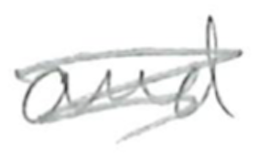
Text: and
Cross-out: scratch
Writing tool: pencil